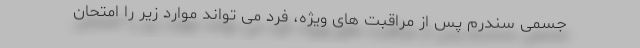
جسمی سندرم پس از مراقبت های ویژه، فرد می تواند موارد زیر را امتحان